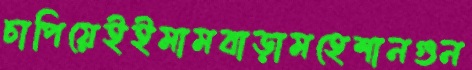
চাপিয়েইইমামবাড়ামহেশানগুন